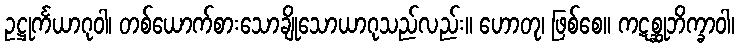
ဥဋ္ဌုင်္ကယာဂုဝါ၊ တစ်ယောက်စားသောချိုသောယာဂုသည်လည်း။ ဟောတု၊ ဖြစ်စေ။ ကဋစ္ဆုဘိက္ခာဝါ၊